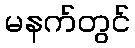
မနက်တွင်